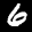
Label: 6